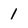
Character: l